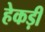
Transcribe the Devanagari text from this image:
हेकड़ी